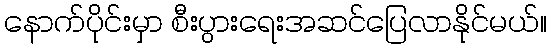
နောက်ပိုင်းမှာ စီးပွားရေးအဆင်ပြေလာနိုင်မယ်။